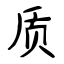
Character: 质